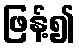
ဖြန့်၍